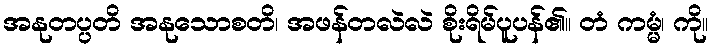
အနုတပ္ပတိ အနုသောစတိ၊ အဖန်တလဲလဲ စိုးရိမ်ပူပန်၏။ တံ ကမ္မံ၊ ကို။